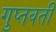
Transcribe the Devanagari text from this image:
गुप्तवती